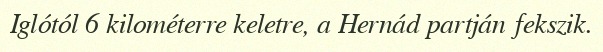
Iglótól 6 kilométerre keletre, a Hernád partján fekszik.